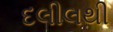
દલીલથી